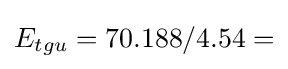
E_{tgu}=70.188/4.54=